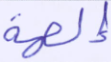
إلهه